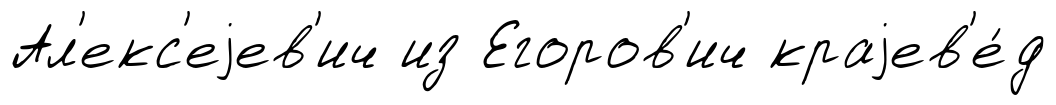
Ал'екс'еjев'ич из Егоров'ич краjев'е́д